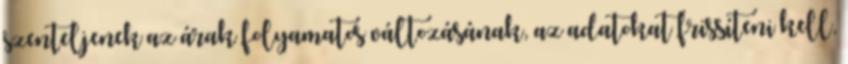
szenteljenek az árak folyamatos változásának, az adatokat frissíteni kell,